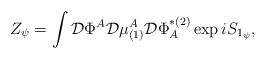
LaTeX: \begin{align*}Z_\psi =\int {\cal D}\Phi ^A{\cal D}\mu _{(1)}^A{\cal D}\Phi_A^{*(2)}\exp iS_{1_\psi },\end{align*}